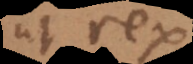
ut rex,